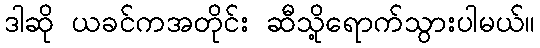
ဒါဆို ယခင်ကအတိုင်း ဆီသို့ရောက်သွားပါမယ်။